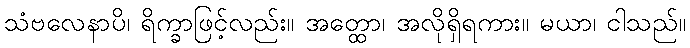
သံဗလေနာပိ၊ ရိက္ခာဖြင့်လည်း။ အတ္ထော၊ အလိုရှိရကား။ မယာ၊ ငါသည်။